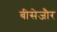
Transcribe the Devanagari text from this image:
बीसेजौर